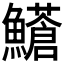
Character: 𩼺